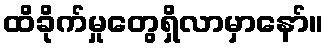
ထိခိုက်မှုတွေရှိလာမှာနော်။